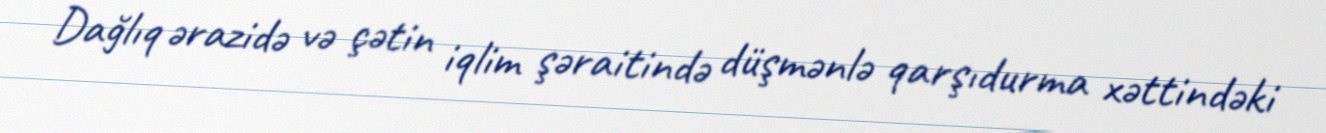
Dağlıq ərazidə və çətin iqlim şəraitində düşmənlə qarşıdurma xəttindəki